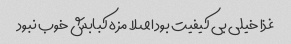
غذا خیلی بی کیفیت بود اصلا مزه کبابش خوب نبود